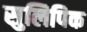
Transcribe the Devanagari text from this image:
सुलिपिक